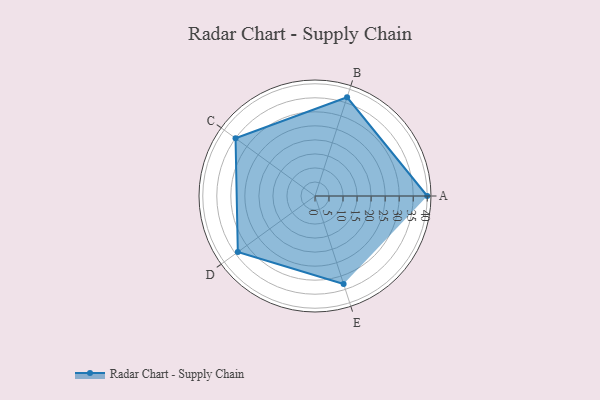
{"axis": {"x": "Skill", "y": "Score"}, "legend": ["Profile"], "data": [{"x": "A", "y": 40.0, "type": "Profile"}, {"x": "B", "y": 37.0, "type": "Profile"}, {"x": "C", "y": 35.0, "type": "Profile"}, {"x": "D", "y": 34.0, "type": "Profile"}, {"x": "E", "y": 33.0, "type": "Profile"}]}